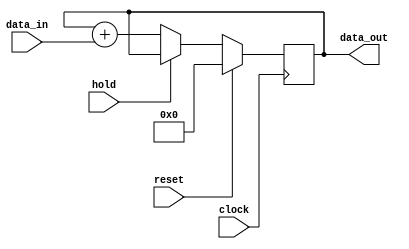
module Integrator_Par (data_out, data_in, hold, clock, reset);
parameter	word_length = 8;
output		[word_length-1: 0] data_out;
input		[word_length-1: 0] data_in;
input		hold, clock, reset;
reg		data_out;

always @ (posedge clock) begin
  if (reset) data_out <= 0;
  else if (hold) data_out <= data_out;
  else data_out <= data_out + data_in;
end
endmodule